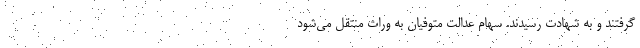
گرفتند و به شهادت رسیدند. سهام عدالت متوفیان به وراث منتقل می‌شود